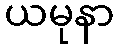
ယမုနာ